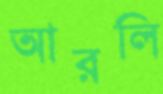
আরলি